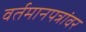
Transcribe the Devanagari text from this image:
वर्तमानपत्रांवर